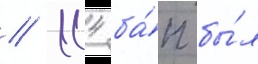
// 114 ба́п бы́л